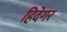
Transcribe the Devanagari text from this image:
हिदेगर